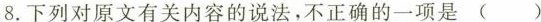
8.下列对原文有关内容的说法，不正确的一项是()